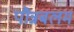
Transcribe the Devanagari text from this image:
पौन्नबलम